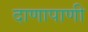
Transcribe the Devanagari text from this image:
दाणापाणी